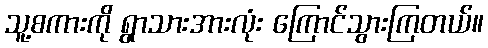
သူ့စကားကို ရွာသားအားလုံး ကြောင်သွားကြတယ်။